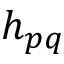
h _ { p q }